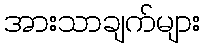
အားသာချက်များ